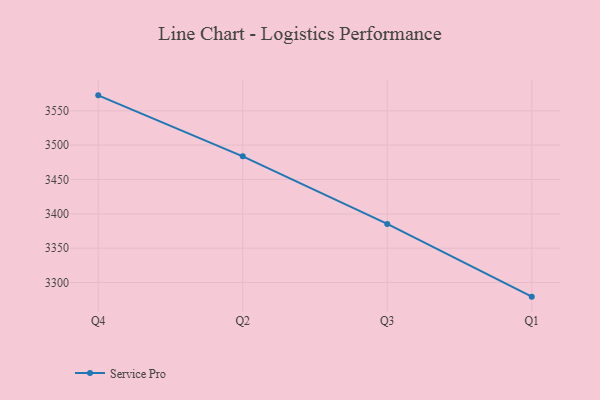
{"axis": {"x": "Quarter", "y": "Inventory Turnover"}, "legend": ["Service Pro"], "data": [{"x": "Q4", "y": 3572.5, "type": "Service Pro"}, {"x": "Q2", "y": 3483.8, "type": "Service Pro"}, {"x": "Q3", "y": 3385.4, "type": "Service Pro"}, {"x": "Q1", "y": 3279.5, "type": "Service Pro"}]}